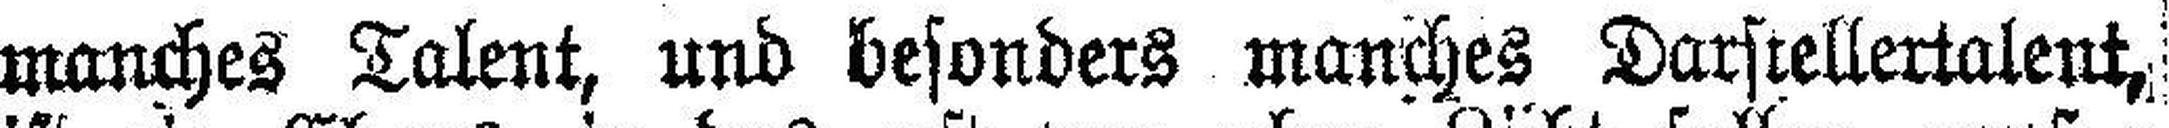
manches Talent, und besonders manches Darstellertalent,